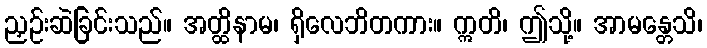
ညှဉ်းဆဲခြင်းသည်။ အတ္ထိနာမ၊ ရှိလေဘိတကား။ ဣတိ၊ ဤသို့။ အာမန္တေသိ၊